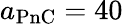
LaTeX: a_{\mathrm{PnC}}=40